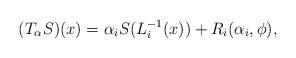
LaTeX: \begin{align*} (T_{\alpha}S)(x) = \alpha_i S(L_i^{-1}(x)) + R_i (\alpha_i, \phi), \end{align*}